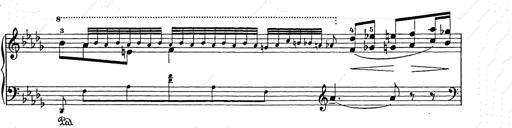
Title: Berceuse
Composer: Lucien Wurmser
Key: A major